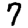
Digit: 7